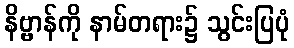
နိဗ္ဗာန်ကို နာမ်တရား၌ သွင်းပြပုံ